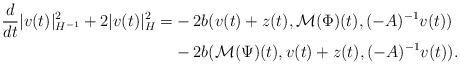
LaTeX: \begin{align*} \frac{d}{dt}|v(t)|_{H^{-1}}^2 + 2|v(t)|_H^2 = &-2b(v(t) + z(t), \mathcal{M}(\Phi)(t), (-A)^{-1}v(t))\\ &- 2b(\mathcal{M}(\Psi)(t), v(t) + z(t), (-A)^{-1}v(t)). \end{align*}